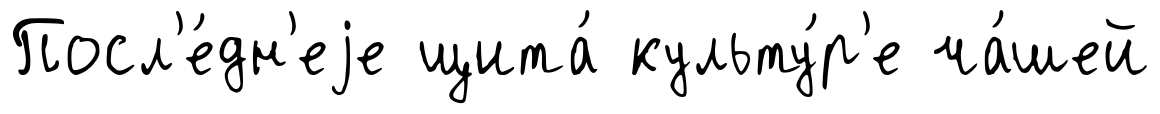
Посл'е́дн'еjе щита́ культу́р'е ча́шей